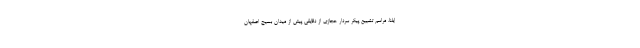
ایلنا، مراسم تشییع پیکر سردار حجازی از دقایقی پیش از میدان بسیج اصفهان